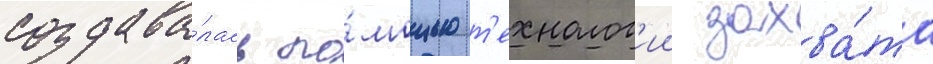
создава́лась по́мощью т'ехнолог'ии захва́та